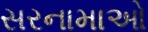
સરનામાઓ